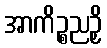
အာကိဉ္စညဉှိ